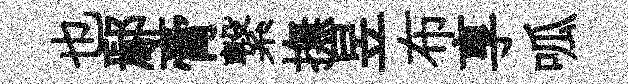
也鄢膏繋撫昱布享呱